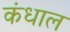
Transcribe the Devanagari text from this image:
कंधाल